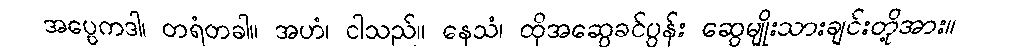
အပ္ပေကဒါ၊ တရံတခါ။ အဟံ၊ ငါသည်။ နေသံ၊ ထိုအဆွေခင်ပွန်း ဆွေမျိုးသားချင်းတို့အား။